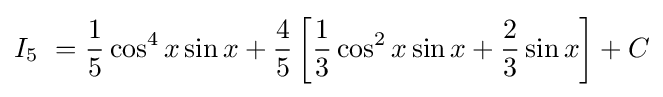
I_{5}\ ={\frac {1}{5}}\cos ^{4}x\sin x+{\frac {4}{5}}\left[{\frac {1}{3}}\cos ^{2}x\sin x+{\frac {2}{3}}\sin x\right]+C